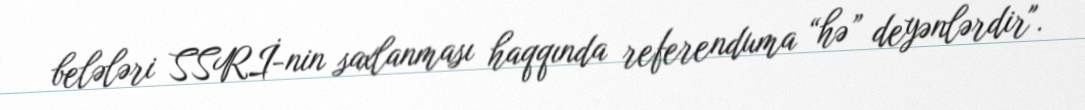
belələri SSRİ-nin saxlanması haqqında referenduma “hə” deyənlərdir".